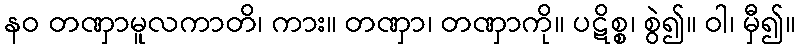
နဝ တဏှာမူလကာတိ၊ ကား။ တဏှာ၊ တဏှာကို။ ပဋိစ္စ၊ စွဲ၍။ ဝါ၊ မှီ၍။